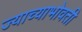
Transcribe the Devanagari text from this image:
ज्याच्याभोवती